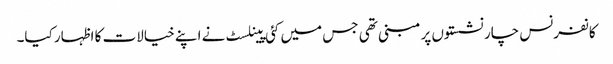
کانفرنس چار نشستوں پر مبنی تھی جس میں کئی پینلسٹ نے اپنے خیالات کا اظہار کیا۔